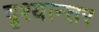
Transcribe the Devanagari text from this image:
दृश्यान्तर